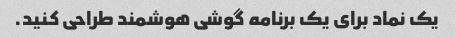
یک نماد برای یک برنامه گوشی هوشمند طراحی کنید.